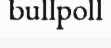
bullpoll